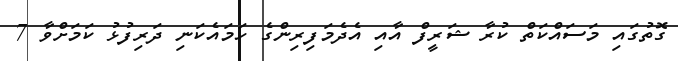
ގޮތުގައި މަސައްކަތް ކުރާ ޝަރީފް އާއި އެދެމަފިރިންގެ ހަމައެކަނި ދަރިފުޅު ކަމަށްވާ 7